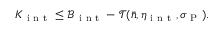
K _ { \mathrm { ~ i ~ n ~ t ~ } } \leq \mathcal { B } _ { \mathrm { ~ i ~ n ~ t ~ } } - \mathcal { T } ( \bar { n } , \eta _ { \mathrm { ~ i ~ n ~ t ~ } } , \sigma _ { \mathrm { ~ P ~ } } ) .